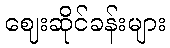
ဈေးဆိုင်ခန်းများ